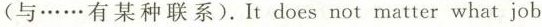
(与……有某种联系).It does not matter what job